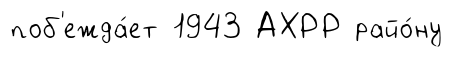
поб'ежда́ет 1943 АХРР райо́ну